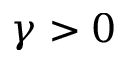
\gamma > 0